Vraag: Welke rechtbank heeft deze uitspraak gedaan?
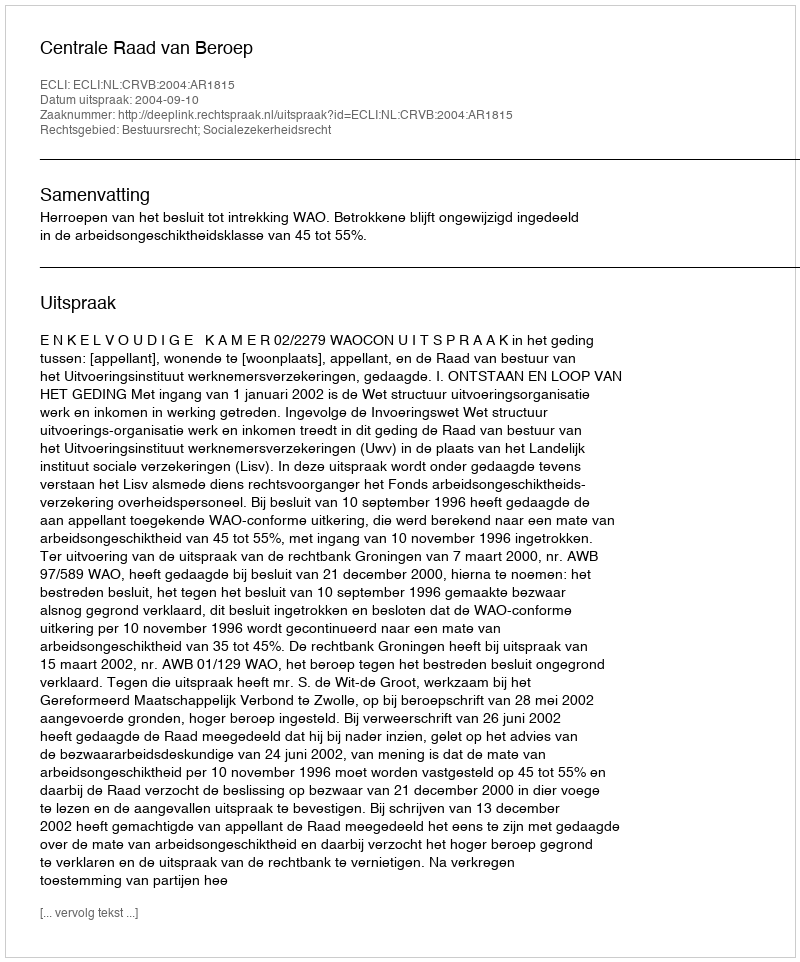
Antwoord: Centrale Raad van Beroep